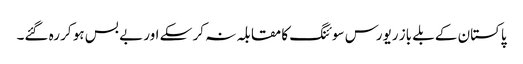
پاکستان کے بلے باز ریورس سوئنگ کا مقابلہ نہ کر سکے اور بے بس ہو کر رہ گئے۔